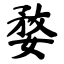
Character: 婺